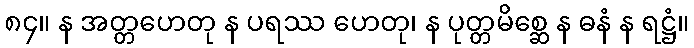
၈၄။ န အတ္တဟေတု န ပရဿ ဟေတု၊ န ပုတ္တမိစ္ဆေ န ဓနံ န ရဋ္ဌံ။